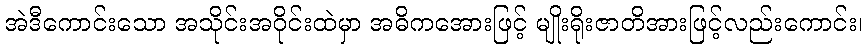
အဲဒီကောင်းသော အသိုင်းအဝိုင်းထဲမှာ အဓိကအေားဖြင့် မျိုးရိုးဇာတိအားဖြင့်လည်းကောင်း၊